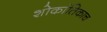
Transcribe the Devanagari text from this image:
शोकांतिकाच